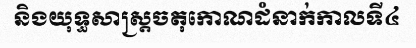
និងយុទ្ធសាស្ត្រចតុកោណដំនាក់កាលទី៤